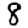
Digit: 8